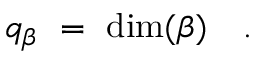
q _ { \beta } \ = \ \dim ( \beta ) \ \ \ .